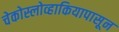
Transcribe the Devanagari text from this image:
चेकोस्लोव्हाकियापासून